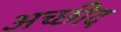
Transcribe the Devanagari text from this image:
अच्छीद